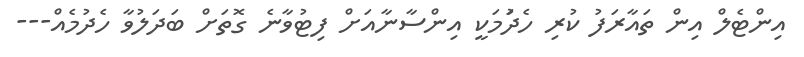
އިންޓެލް އިން ތައާރަފު ކުރި ހެދުަމަކީ އިންސާނާއަށް ފިޓުވާނެ ގޮތަށް ބަދަލުވާ ހެދުމެއް---